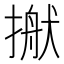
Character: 𢲎